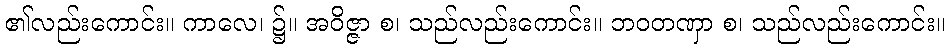
၏လည်းကောင်း။ ကာလေ၊ ၌။ အဝိဇ္ဇာ စ၊ သည်လည်းကောင်း။ ဘဝတဏှာ စ၊ သည်လည်းကောင်း။